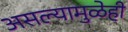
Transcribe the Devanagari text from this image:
असल्यामुळेही